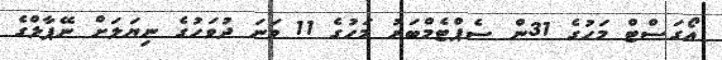
އޯގަސްޓް މަހުގެ 31ން ސެޕްޓެމްބަރު މަހުގެ 11 ވަނަ ދުވަހުގެ ނިޔަލަށް ނޭޕާލްގެ